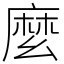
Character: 麼